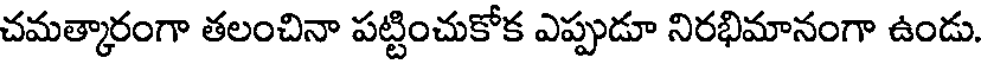
చమత్కారంగా తలంచినా పట్టించుకోక ఎప్పుడూ నిరభిమానంగా ఉండు.